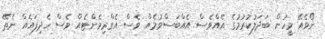
ނޯވެއޭ މީހުން ބަދަލުކުރުމުގެ އެއްވެސް އެއްބަސްވުމެއް ވެސް އެގްރިމެންޓެއް ވެސް ހެދިފައެއް ނެތޭ